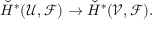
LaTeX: { \check { H } } ^ { * } ( { \mathcal { U } } , { \mathcal { F } } ) \to { \check { H } } ^ { * } ( { \mathcal { V } } , { \mathcal { F } } ) .